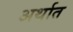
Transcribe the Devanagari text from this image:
अर्थात